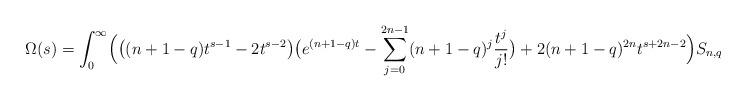
LaTeX: \begin{align*}\Omega(s)=\int_0^\infty\Bigl(\bigl((n+1-q)t^{s-1}-2t^{s-2}\bigr)\bigl(e^{(n+1-q)t}-\sum_{j=0}^{2n-1}(n+1-q)^j\frac{t^j}{j!}\bigr)+2(n+1-q)^{2n}t^{s+2n-2}\Bigr) S_{n,q}(e^{-t})e^{-(n+1-q)t}dt.\end{align*}